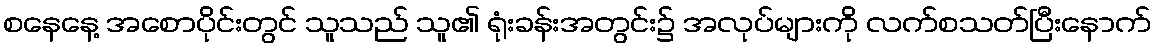
စနေနေ့ အစောပိုင်းတွင် သူသည် သူ၏ ရုံးခန်းအတွင်း၌ အလုပ်များကို လက်စသတ်ပြီးနောက်